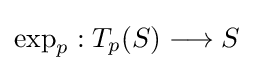
\exp _{p}:T_{p}(S)\longrightarrow S